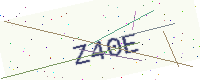
Text: Z40E